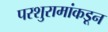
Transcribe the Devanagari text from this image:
परशुरामांकडून